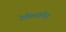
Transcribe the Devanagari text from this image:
रेप्लिकोन्